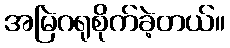
အမြဲဂရုစိုက်ခဲ့တယ်။